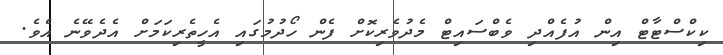
ކިކްސްޓާޓް އިން އުފެއްދި ވެބްސައިޓް މެދުވެރިކޮށް ފެން ހޯދުމުގައި އެހީތެރިކަމަށް އެދެވޭނެ އެވެ.